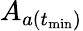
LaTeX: A_{a(t_{\operatorname*{min}})}